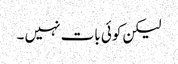
لیکن کوئی بات نہیں ۔